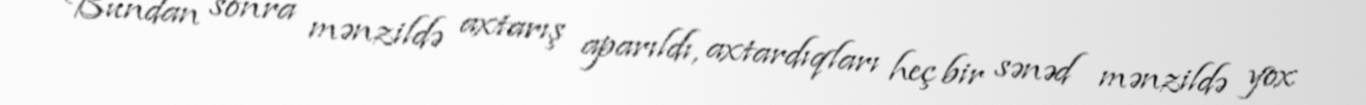
Bundan sonra mənzildə axtarış aparıldı, axtardıqları heç bir sənəd mənzildə yox